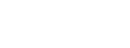
ဖော်ပြနေသည်